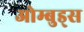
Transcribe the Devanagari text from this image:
ओम्बुड्स